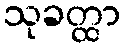
သုခတ္ထာ